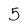
Character: 5